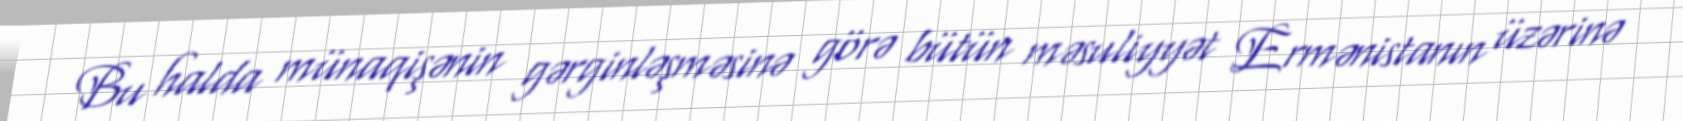
Bu halda münaqişənin gərginləşməsinə görə bütün məsuliyyət Ermənistanın üzərinə